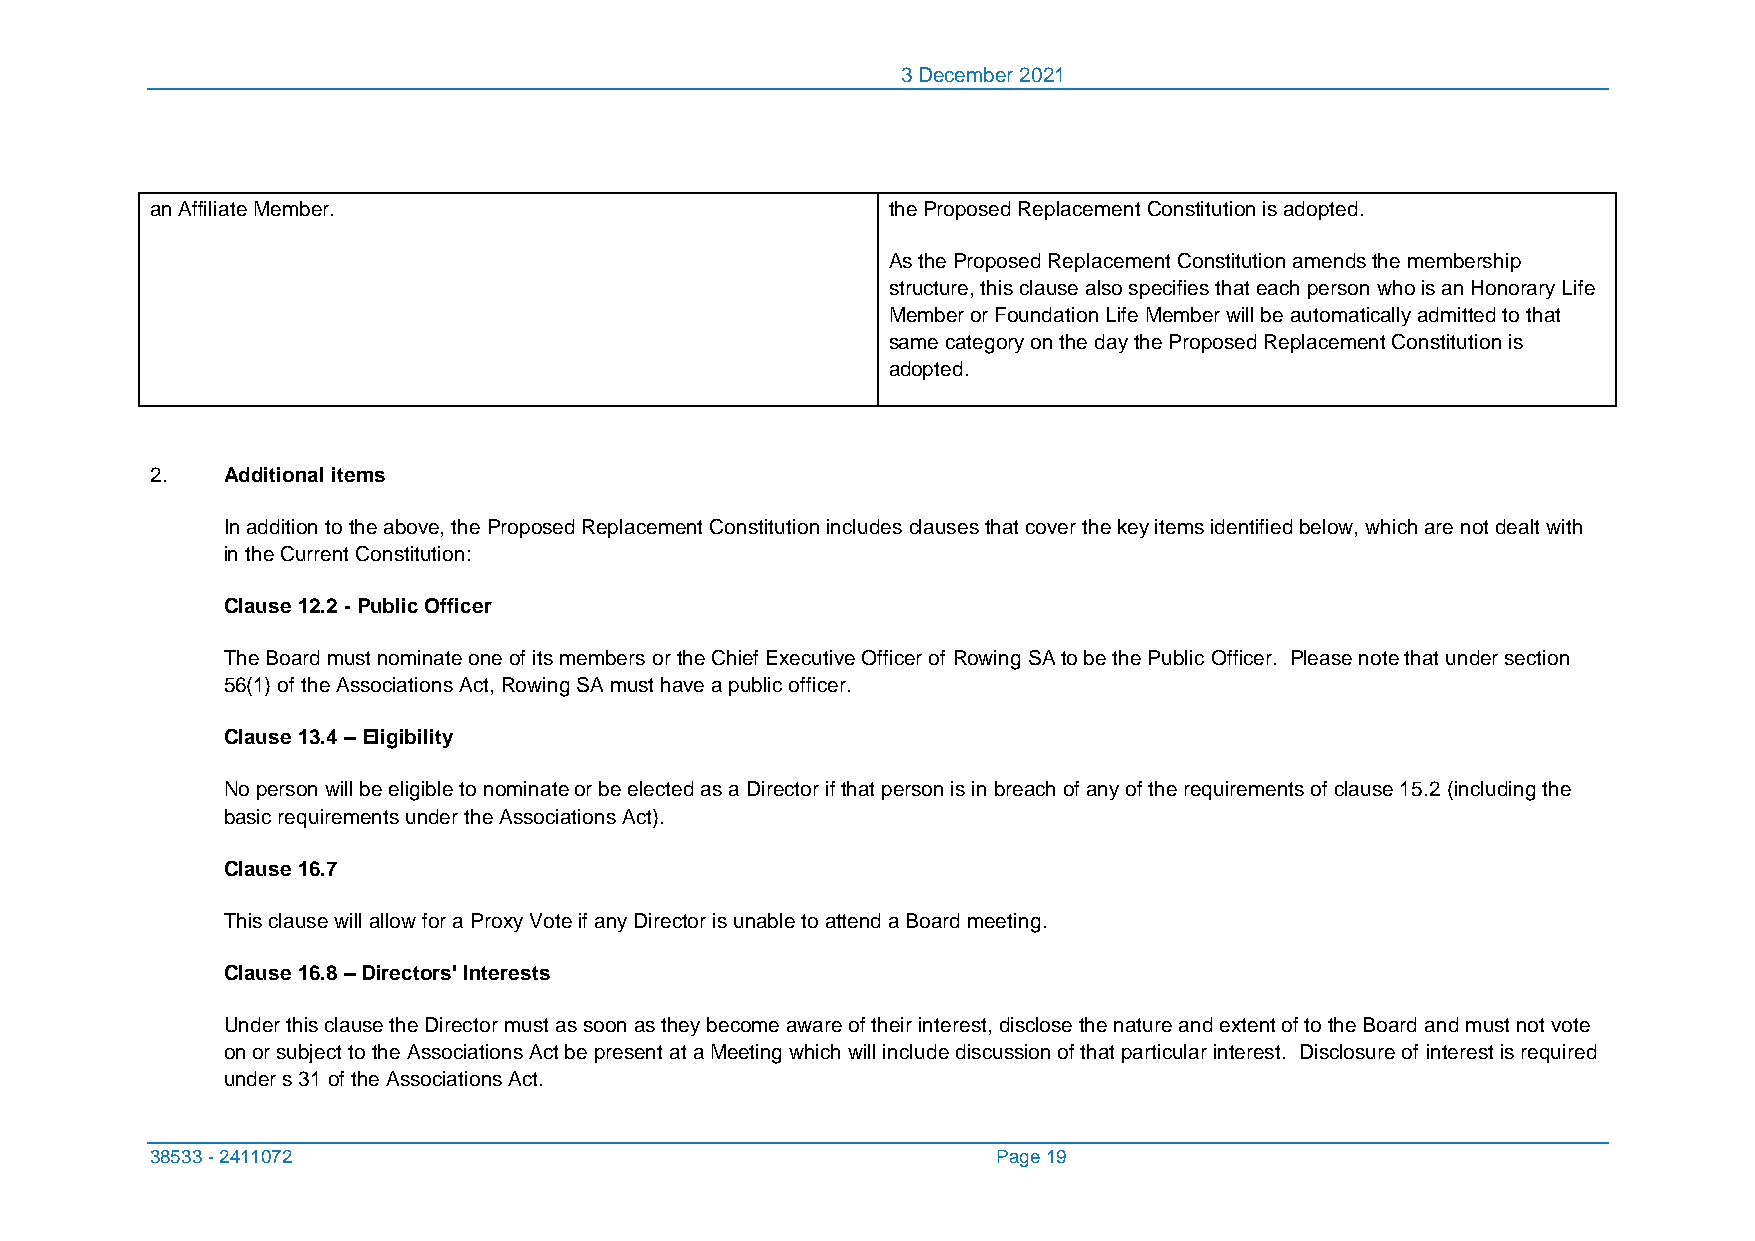
3 December 2021
 an Affiliate Member.                             the Proposed Replacement Constitution is adopted.
 As the Proposed Replacement Constitution amends the membership
 structure, this clause also specifies that each person who is an Honorary Life
 Member or Foundation Life Member will be automatically admitted to that
 same category on the day the Proposed Replacement Constitution is
 adopted.
 2.   Additional items
 In addition to the above, the Proposed Replacement Constitution includes clauses that cover the key items identified below, which are not dealt with
 in the Current Constitution:
 Clause 12.2 - Public Officer
 The Board must nominate one of its members or the Chief Executive Officer of Rowing SA to be the Public Officer. Please note that under section
 56(1) of the Associations Act, Rowing SA must have a public officer.
 Clause 13.4 – Eligibility
 No person will be eligible to nominate or be elected as a Director if that person is in breach of any of the requirements of clause 15.2 (including the
 basic requirements under the Associations Act).
 Clause 16.7
 This clause will allow for a Proxy Vote if any Director is unable to attend a Board meeting.
 Clause 16.8 – Directors' Interests
 Under this clause the Director must as soon as they become aware of their interest, disclose the nature and extent of to the Board and must not vote
 on or subject to the Associations Act be present at a Meeting which will include discussion of that particular interest. Disclosure of interest is required
 under s 31 of the Associations Act.
 38533 - 2411072                                         Page 19